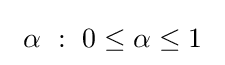
\ \alpha ~:~0\leq \alpha \leq 1~